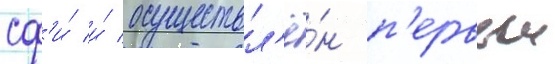
сф'и́ и́ осуществл'ё́н п'ервыи